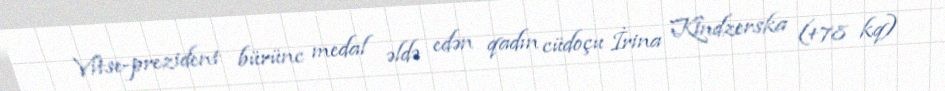
Vitse-prezident bürünc medal əldə edən qadın cüdoçu İrina Kindzerska (+78 kq)